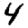
Digit: 4